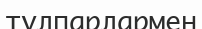
тұлпарлармен